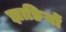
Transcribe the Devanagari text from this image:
झाङियों